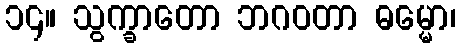
၁၄။ သွက္ခာတော ဘဂဝတာ ဓမ္မော၊